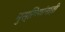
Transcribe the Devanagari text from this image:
मुस्लिमांनाही